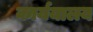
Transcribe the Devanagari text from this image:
कार्ययालय